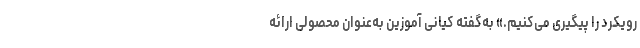
رویکرد را پیگیری می‌کنیم.» به‌گفته کیانی آموزین به‌عنوان محصولی ارائه